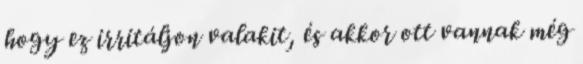
hogy ez irritáljon valakit, és akkor ott vannak még